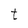
Character: t